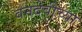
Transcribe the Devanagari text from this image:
वनदेवीच्या